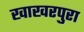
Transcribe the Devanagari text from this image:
खाखरपुरा